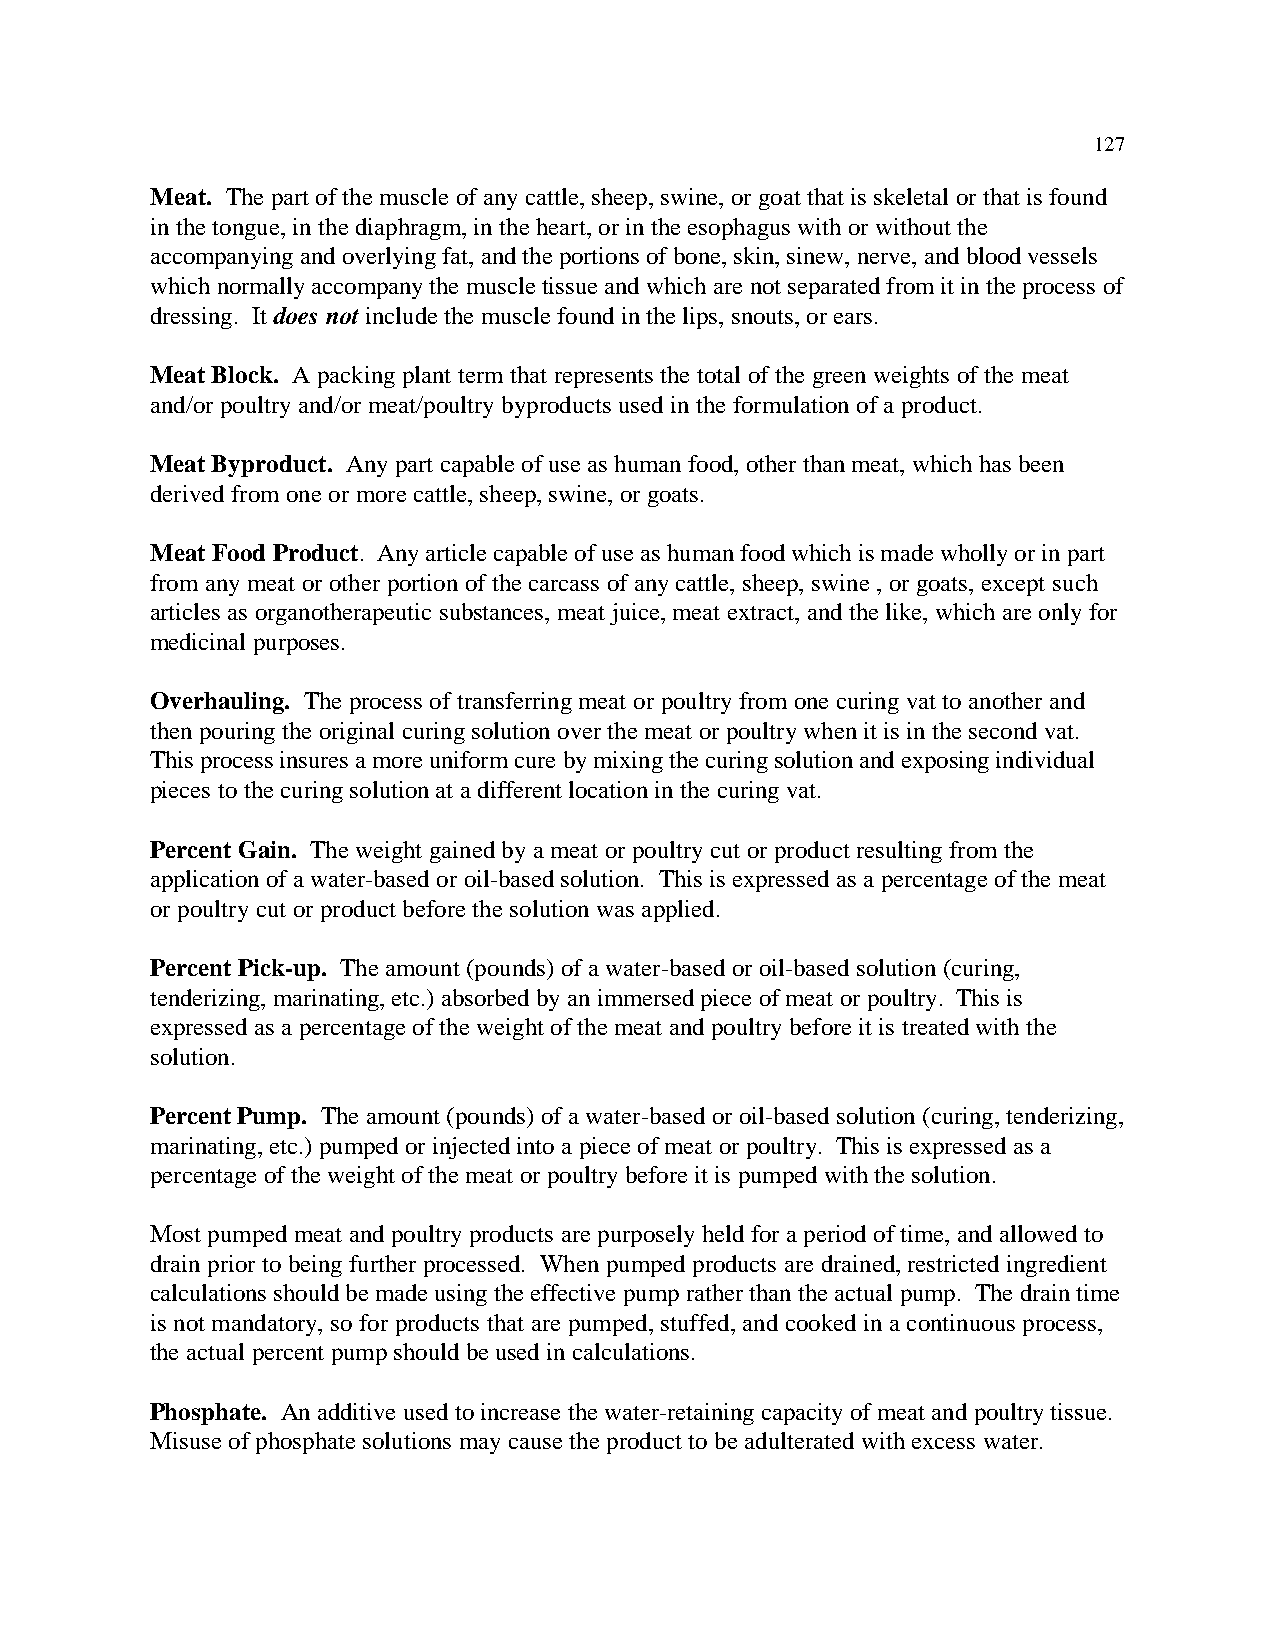
127
 Meat. The part of the muscle of any cattle, sheep, swine, or goat that is skeletal or that is found
 in the tongue, in the diaphragm, in the heart, or in the esophagus with or without the
 accompanying and overlying fat, and the portions of bone, skin, sinew, nerve, and blood vessels
 which normally accompany the muscle tissue and which are not separated from it in the process of
 dressing. It does not include the muscle found in the lips, snouts, or ears.
 Meat Block. A packing plant term that represents the total of the green weights of the meat
 and/or poultry and/or meat/poultry byproducts used in the formulation of a product.
 Meat Byproduct. Any part capable of use as human food, other than meat, which has been
 derived from one or more cattle, sheep, swine, or goats.
 Meat Food Product. Any article capable of use as human food which is made wholly or in part
 from any meat or other portion of the carcass of any cattle, sheep, swine , or goats, except such
 articles as organotherapeutic substances, meat juice, meat extract, and the like, which are only for
 medicinal purposes.
 Overhauling. The process of transferring meat or poultry from one curing vat to another and
 then pouring the original curing solution over the meat or poultry when it is in the second vat.
 This process insures a more uniform cure by mixing the curing solution and exposing individual
 pieces to the curing solution at a different location in the curing vat.
 Percent Gain. The weight gained by a meat or poultry cut or product resulting from the
 application of a water-based or oil-based solution. This is expressed as a percentage of the meat
 or poultry cut or product before the solution was applied.
 Percent Pick-up. The amount (pounds) of a water-based or oil-based solution (curing,
 tenderizing, marinating, etc.) absorbed by an immersed piece of meat or poultry. This is
 expressed as a percentage of the weight of the meat and poultry before it is treated with the
 solution.
 Percent Pump. The amount (pounds) of a water-based or oil-based solution (curing, tenderizing,
 marinating, etc.) pumped or injected into a piece of meat or poultry. This is expressed as a
 percentage of the weight of the meat or poultry before it is pumped with the solution.
 Most pumped meat and poultry products are purposely held for a period of time, and allowed to
 drain prior to being further processed. When pumped products are drained, restricted ingredient
 calculations should be made using the effective pump rather than the actual pump. The drain time
 is not mandatory, so for products that are pumped, stuffed, and cooked in a continuous process,
 the actual percent pump should be used in calculations.
 Phosphate. An additive used to increase the water-retaining capacity of meat and poultry tissue.
 Misuse of phosphate solutions may cause the product to be adulterated with excess water.